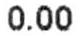
0.00